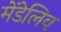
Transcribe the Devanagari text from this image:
मेंडेलिव